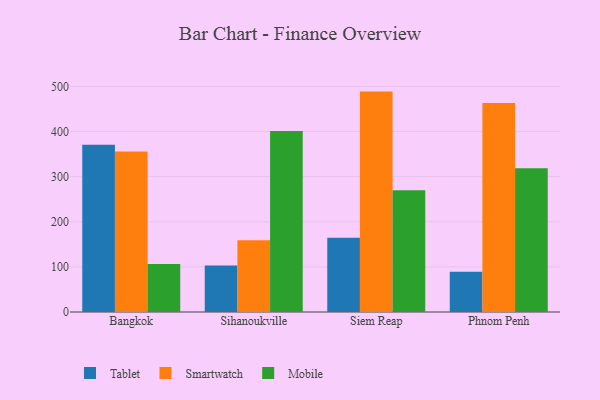
{"axis": {"x": "City", "y": "Population (Million)"}, "legend": ["Mobile", "Smartwatch", "Tablet"], "data": [{"x": "Bangkok", "y": 371.1, "type": "Tablet"}, {"x": "Bangkok", "y": 356.0, "type": "Smartwatch"}, {"x": "Bangkok", "y": 106.4, "type": "Mobile"}, {"x": "Sihanoukville", "y": 102.9, "type": "Tablet"}, {"x": "Sihanoukville", "y": 159.0, "type": "Smartwatch"}, {"x": "Sihanoukville", "y": 401.2, "type": "Mobile"}, {"x": "Siem Reap", "y": 164.8, "type": "Tablet"}, {"x": "Siem Reap", "y": 488.7, "type": "Smartwatch"}, {"x": "Siem Reap", "y": 269.7, "type": "Mobile"}, {"x": "Phnom Penh", "y": 89.0, "type": "Tablet"}, {"x": "Phnom Penh", "y": 463.5, "type": "Smartwatch"}, {"x": "Phnom Penh", "y": 318.8, "type": "Mobile"}]}